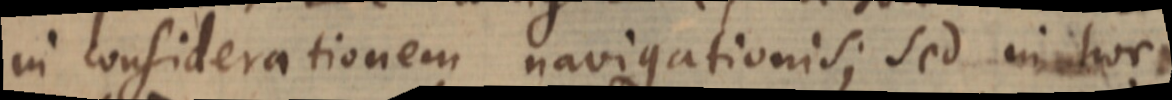
in considerationem navigationis; sed in hoc